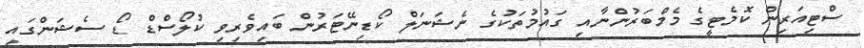
ސްޓިއަރިން ކޮމެޓީގެ މެމްބަރުންނާއި ގައުމުތަކުގެ ނެޝަނަލް ކޯޑިނޭޓަރުން ބައިވެރިވި ކުލޯސްޑް ޑޯ ސެޝަންގައި